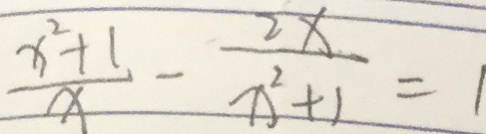
\frac { x ^ { 2 } + 1 } { x } - \frac { 2 x } { x ^ { 2 } + 1 } = 1